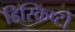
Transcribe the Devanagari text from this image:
डिस्क्रिप्टो